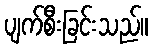
ပျက်စီးခြင်းသည်။